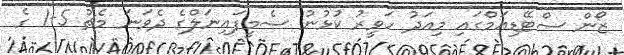
ޒޯން ސްޓޭޑިއަމްގައި މިއަދު ހަވީރު ކުޅުނު ސެމީފައިނަލްގެ ދެވަނަ މެޗު 5-1 ގެ